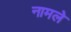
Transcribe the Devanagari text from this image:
नामले